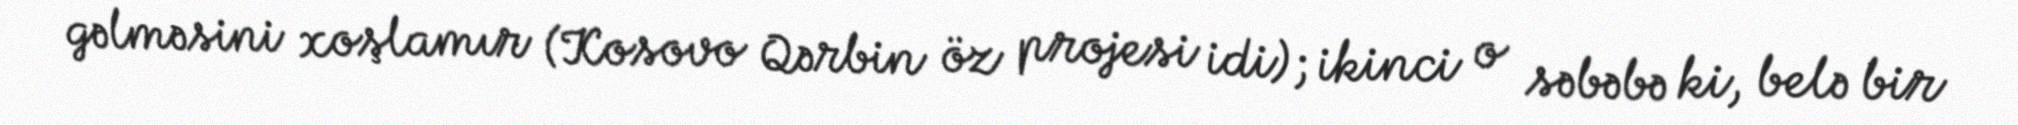
gəlməsini xoşlamır (Kosovo Qərbin öz projesi idi); ikinci o səbəbə ki, belə bir